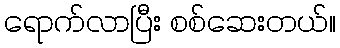
ရောက်လာပြီး စစ်ဆေးတယ်။